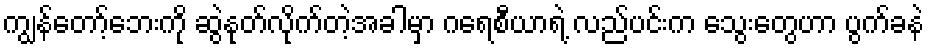
ကျွန်တော့်ဘေးကို ဆွဲနုတ်လိုက်တဲ့အခါမှာ ဂရေစီယာရဲ့ လည်ပင်းက သွေးတွေဟာ ပွက်ခနဲ